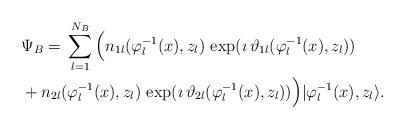
LaTeX: \begin{align*}&\Psi_B=\,\sum^{N_B}_{l=1}\Big(n_{1l}(\varphi^{-1}_l(x),z_l)\,\exp(\imath \,\vartheta_{1l}(\varphi^{-1}_l(x),z_l))\break\\ & +n_{2l}(\varphi^{-1}_{l}(x),z_l)\,\exp(\imath \,\vartheta_{2l}(\varphi^{-1}_l(x),z_l))\Big)|\varphi^{-1}_{l}(x),z_l\rangle.\end{align*}